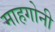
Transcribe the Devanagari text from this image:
माहगोनी